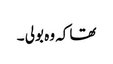
تھا کہ وہ بولی ۔